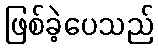
ဖြစ်ခဲ့ပေသည်